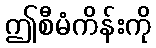
ဤစီမံကိန်းကို